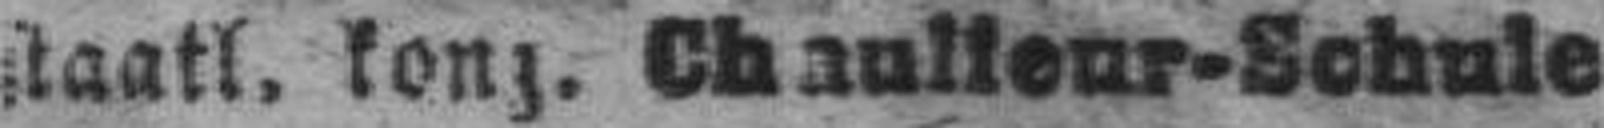
staatl. kong. Schaulleur-Schule